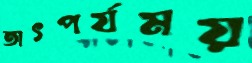
তাৎপর্যময়